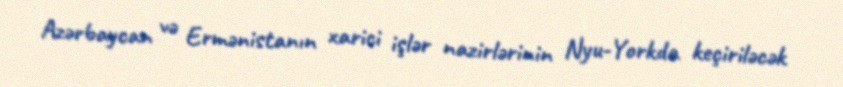
Azərbaycan və Ermənistanın xarici işlər nazirlərinin Nyu-Yorkda keçiriləcək